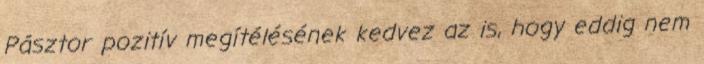
Pásztor pozitív megítélésének kedvez az is, hogy eddig nem